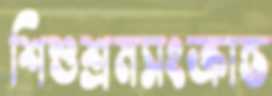
শিশুশ্রমসংক্রান্ত